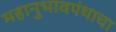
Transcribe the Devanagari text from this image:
महानुभावपंथाचा